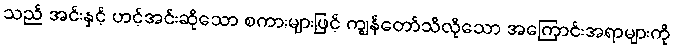
သည် အင်းနှင့် ဟင့်အင်းဆိုသော စကားများဖြင့် ကျွန်တော်သိလိုသော အကြောင်းအရာများကို